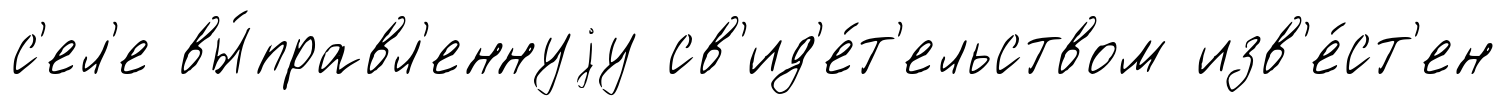
с'ел'е вы́правл'еннуjу св'ид'е́т'ельством изв'е́ст'ен